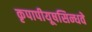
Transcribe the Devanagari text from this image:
कृपापीयूषसिन्धवे